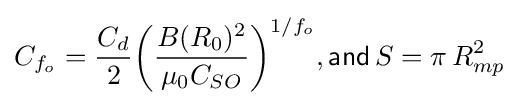
C_{f_{o}}={\frac {C_{d}}{2}}{\biggl (}{\frac {B(R_{0})^{2}}{\mu _{0}C_{SO}}}{\biggr )}^{1/f_{o}},{\mathsf {and}}\,S=\pi \,R_{mp}^{2}